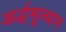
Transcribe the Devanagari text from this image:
अर्द्धमूल्वान